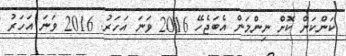
ކަންކަން ކޮށް ނިންމަން އެބަޖެހޭ 2016 ވަނަ އަހަރު. 2016 ވަނަ އަހަރު